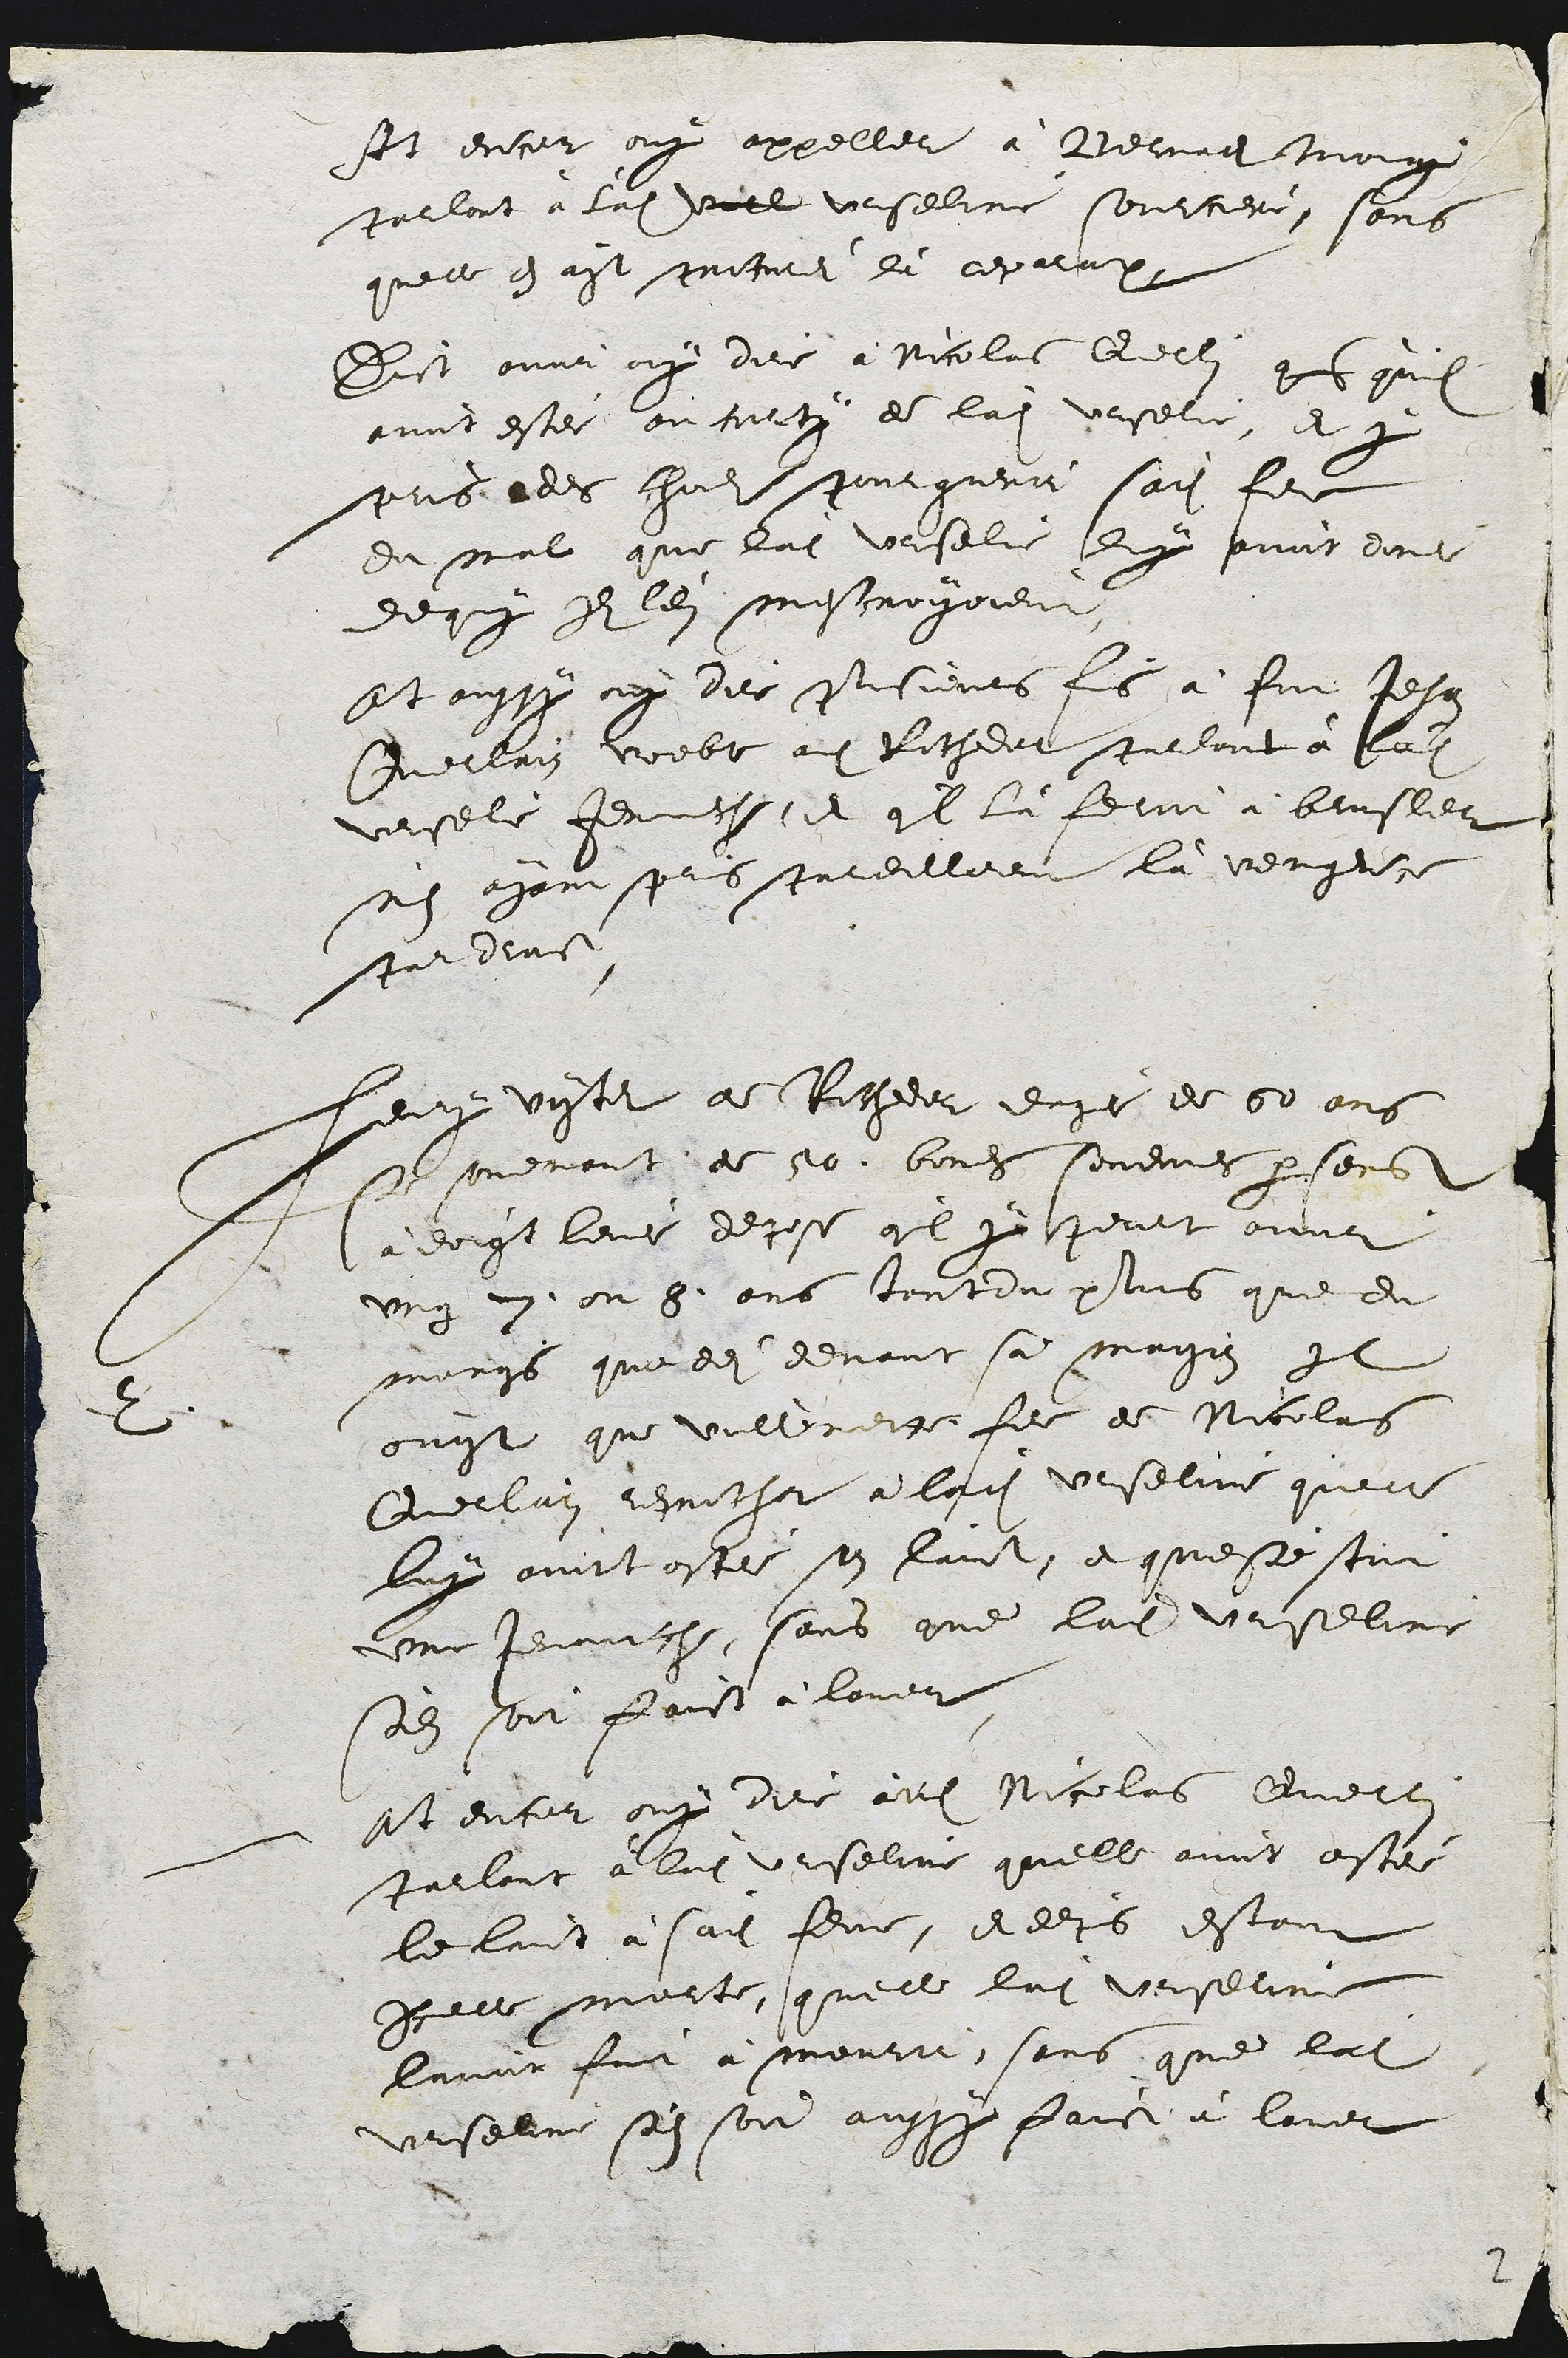
It encor ouy appeller à Beruadi Moing
parlont à ladite Ville Uorseline sourciere, sans
quelle en ayt procurei là reparape
Dict avvt oy dire à Nicolas Qerlin qus quil
avit estei au corty de ladite Ursere, et p
pris ades choudlis pour guerit sadite fee
du mal que ladite Urselie luy pavot donl
dequy de lei mescroiyoient
Et oussy ouy der Pisieurs fis à fut Jehan
Querrain voebe adit Rochedot purlant à ladite
Ursele Jenuche, et quil là ferot brusler
n'en ayant pris pardilleet la vengrce
pa dene
2
eny vister de Rocheer duze de 60 ans
e souvenant de 50. bones sondmes parsens
à doigt leus depose quil y pourt avoir
ung 2. ou 5. ans tout du plins que du
mongs que dei devant sa maison Il
ougt que vullenerre fie de Nicolas
Querliain resrochet à ladite Urseline quelle
luy avoit ostei son laict, et queste stoit
une jenache, sans que ladite Urseline
sols soit faict à lover
st encor ouy dire audit Nicolas Querle
parlant a ladite Urseline quelle avoit astee
le luit à sadite feme, et depis estant
Icelle morte, qu'elle ladite Urselime
lavoit fort à mourir, sans que ladite
Urselne son son aussy faict à laver

2